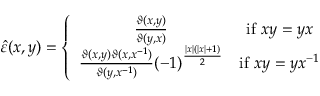
\hat { \varepsilon } ( x , y ) = \left\{ \begin{array} { c c } { { \frac { \vartheta ( x , y ) } { \vartheta ( y , x ) } } } & { { \mathrm { i f } \, \, x y = y x } } \\ { { \frac { \vartheta ( x , y ) \vartheta ( x , x ^ { - 1 } ) } { \vartheta ( y , x ^ { - 1 } ) } ( - 1 ) ^ { \frac { \left| x \right| ( \left| x \right| + 1 ) } { 2 } } } } & { { \mathrm { i f } \, \, x y = y x ^ { - 1 } } } \end{array} \right.